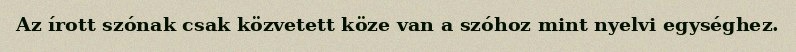
Az írott szónak csak közvetett köze van a szóhoz mint nyelvi egységhez.